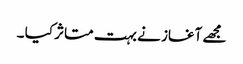
مجھے آغاز نے بہت متاثر کیا ۔